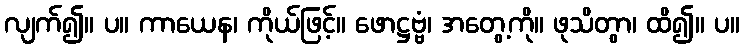
လျက်၍။ ပ။ ကာယေန၊ ကိုယ်ဖြင့်။ ဖောဋ္ဌဗ္ဗံ၊ အတွေ့ကို။ ဖုသိတွာ၊ ထိ၍။ ပ။